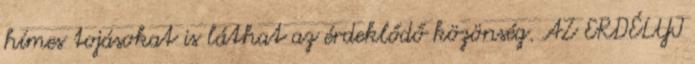
hímes tojásokat is láthat az érdeklődő közönség. AZ ERDÉLYI